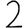
Digit: 2